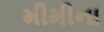
મીમીના